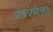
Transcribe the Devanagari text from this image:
अकाम्प्रोसते